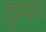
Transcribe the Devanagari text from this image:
दुश्मान